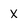
Character: x